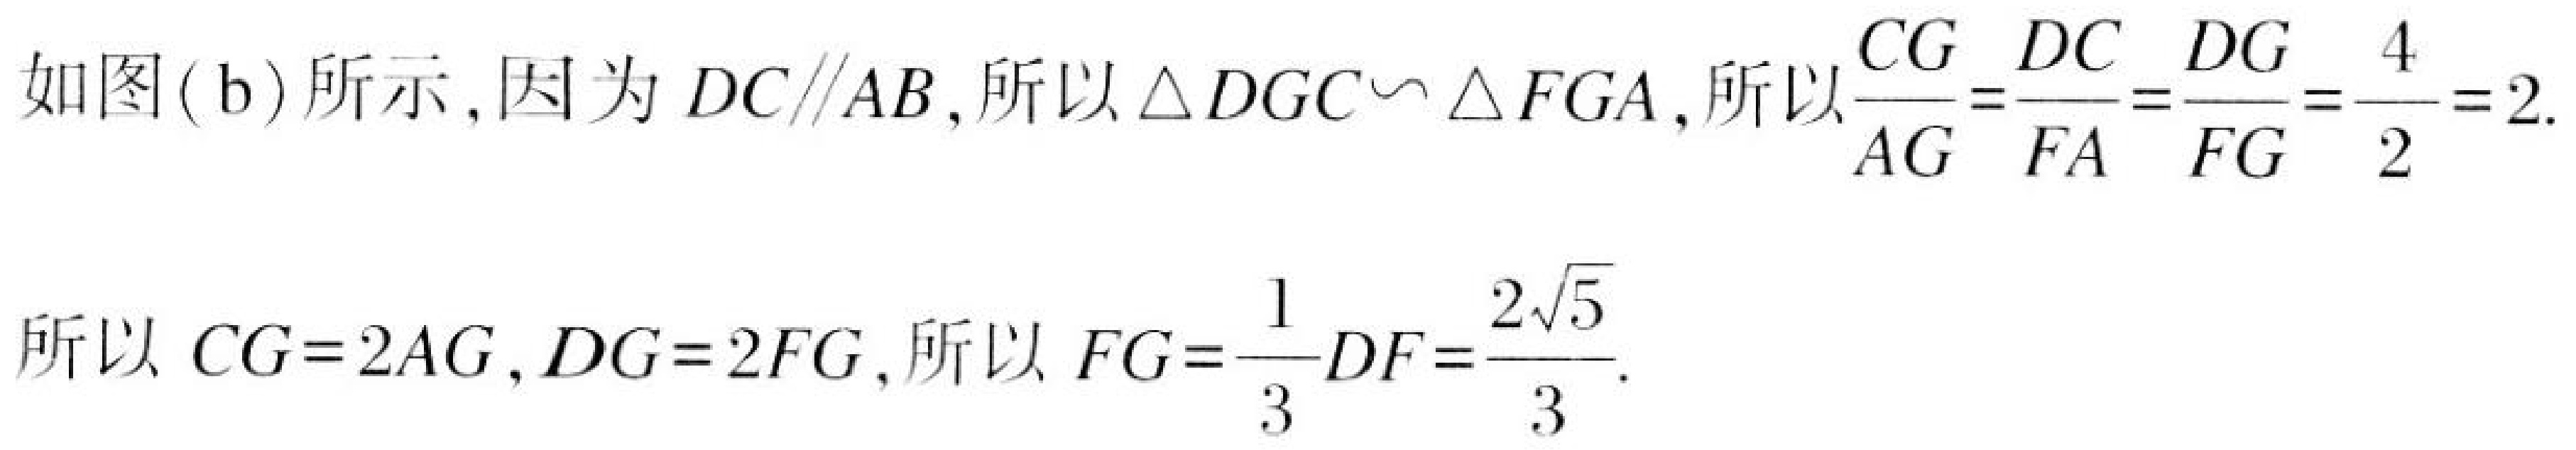
如图(b)所示,因为\(DC\parallel AB\),所以\(\triangle DGC\sim\triangle FGA\),所以\(\frac{CG}{AG}=\frac{DC}{FA}=\frac{DG}{FG}=\frac{4}{2}=2\).
所以\(CG = 2AG\), \(DG = 2FG\),所以\(FG=\frac{1}{3}DF=\frac{2\sqrt{5}}{3}\).